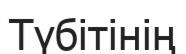
Түбітінің